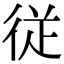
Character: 従